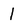
Character: l